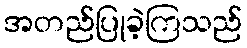
အတည်ပြုခဲ့ကြသည်